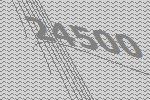
24500